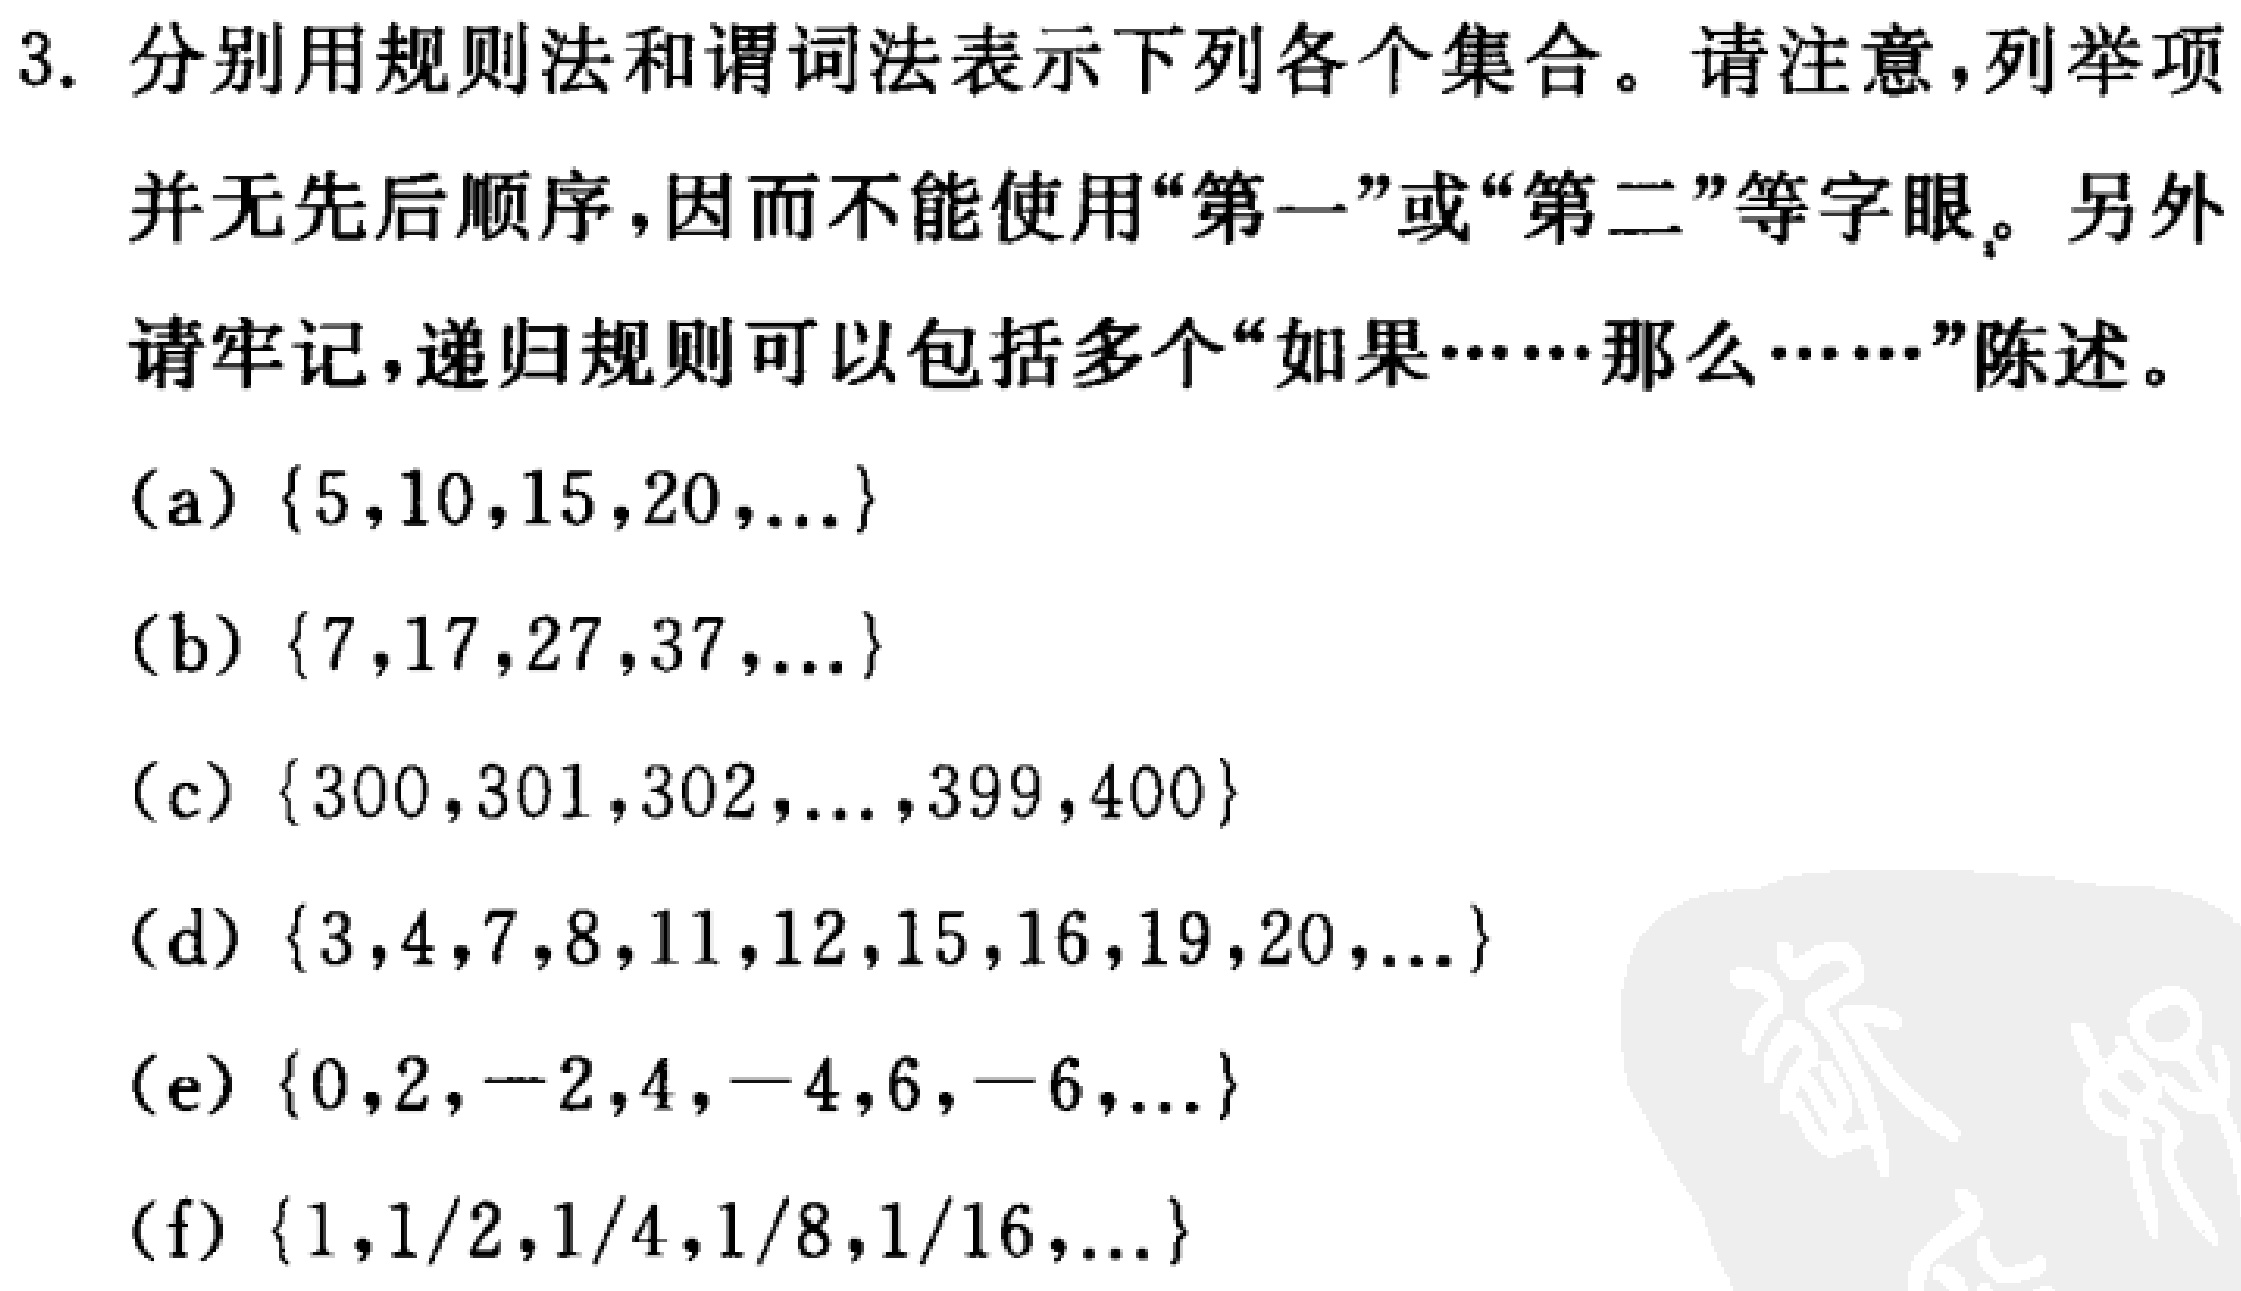
3. 分别用规则法和谓词法表示下列各个集合。请注意，列举项并无先后顺序，因而不能使用“第一”或“第二”等字眼。另外请牢记，递归规则可以包括多个“如果……那么……”陈述。

(a) \(\{5,10,15,20,\ldots\}\)

(b) \(\{7,17,27,37,\ldots\}\)

(c) \(\{300,301,302,\ldots,399,400\}\)

(d) \(\{3,4,7,8,11,12,15,16,19,20,\ldots\}\)

(e) \(\{0,2, - 2,4, - 4,6, - 6,\ldots\}\)

(f) \(\{1,1/2,1/4,1/8,1/16,\ldots\}\)